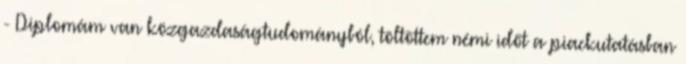
- Diplomám van közgazdaságtudományból, töltöttem némi időt a piackutatásban